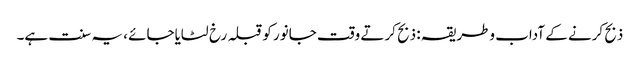
ذبح کرنے کے آداب وطریقہ : ذبح کرتے وقت جانور کوقبلہ رخ لٹایاجائے ، یہ سنت ہے۔